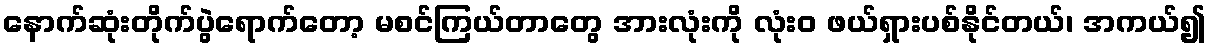
နောက်ဆုံးတိုက်ပွဲရောက်တော့ မစင်ကြယ်တာတွေ အားလုံးကို လုံးဝ ဖယ်ရှားပစ်နိုင်တယ်၊ အကယ်၍